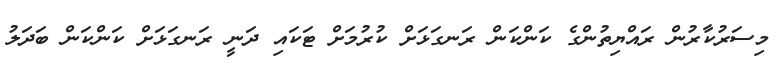
މިސަރުކާރުން ރައްޔިތުންގެ ކަންކަން ރަނގަޅަށް ކުރުމަށް ޓަކައި ދަނީ ރަނގަޅަށް ކަންކަން ބަދަލު